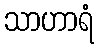
သာဟာရံ